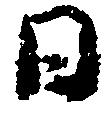
日